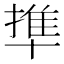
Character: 㔼